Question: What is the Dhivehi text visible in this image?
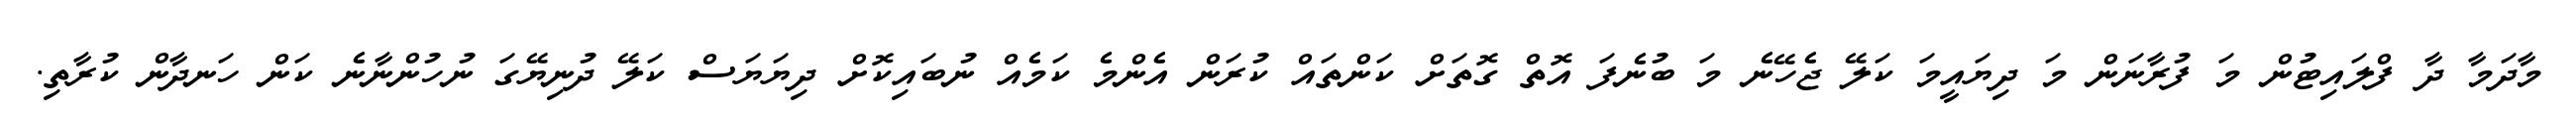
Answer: މާދަމާ ދާ ފްލައިޓުން މަ ފުރާނަން މަ ދިޔައީމަ ކަލޭ ޖެހޭނެ މަ ބުނެފަ އޮތް ގޮތަށް ކަންތައް ކުރަން އެންމެ ކަމެއް ނުބައިކޮށް ދިޔަޔަސް ކަލޭ ދުނިޔޭގަ ނުހުންނާނެ ކަން ހަނދާން ކުރާތި.